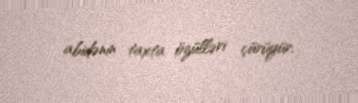
abidənin taxta özülləri çürüyür.